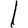
Digit: 1